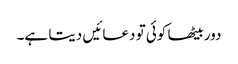
دور بیٹھا کوئی تو دعائیں دیتا ہے۔